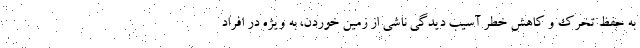
به حفظ تحرک و کاهش خطر آسیب دیدگی ناشی از زمین خوردن، به ویژه در افراد